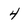
Character: 4